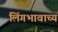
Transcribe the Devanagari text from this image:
लिंगभावाच्य